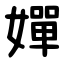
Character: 嬋